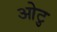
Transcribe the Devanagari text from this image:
ओटु